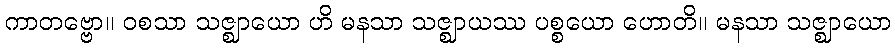
ကာတဗ္ဗော။ ဝစသာ သဇ္ဈာယော ဟိ မနသာ သဇ္ဈာယဿ ပစ္စယော ဟောတိ။ မနသာ သဇ္ဈာယော